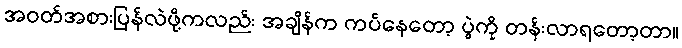
အဝတ်အစားပြန်လဲဖို့ကလည်း အချိန်က ကပ်နေတော့ ပွဲကို တန်းလာရတော့တာ။